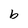
Character: b